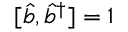
[ \hat { b } , \hat { b } ^ { \dagger } ] = 1